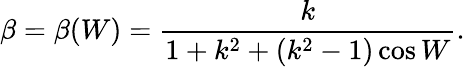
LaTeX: \beta=\beta(W)=\frac{k}{1+k^{2}+(k^{2}-1)\cos W}.